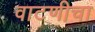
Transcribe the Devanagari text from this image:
वाटणीचा